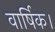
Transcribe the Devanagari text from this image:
वार्षिक।